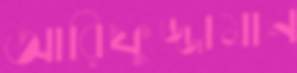
আরিফুজ্জামান